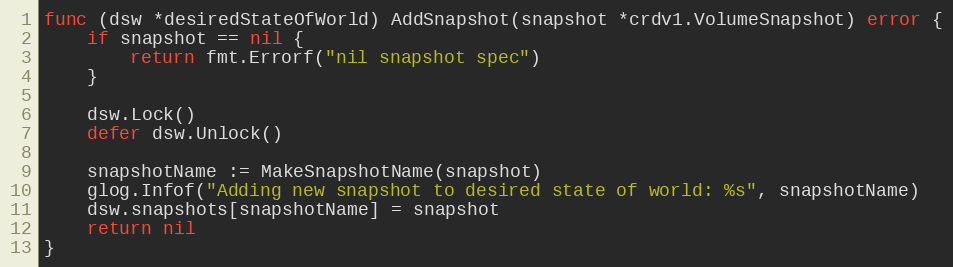
Language: Go
func (dsw *desiredStateOfWorld) AddSnapshot(snapshot *crdv1.VolumeSnapshot) error {
	if snapshot == nil {
		return fmt.Errorf("nil snapshot spec")
	}

	dsw.Lock()
	defer dsw.Unlock()

	snapshotName := MakeSnapshotName(snapshot)
	glog.Infof("Adding new snapshot to desired state of world: %s", snapshotName)
	dsw.snapshots[snapshotName] = snapshot
	return nil
}